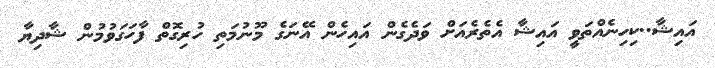
އައިޝާ..ކިހިނެއްތަވީ އައިޝާ އެތެރެއަށް ވަދެގެން އައިހެން އޭނަގެ މޫނުމަތި ހުރިގޮތް ފާހަގަވުމުން ޝާދިޔާ